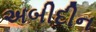
અબીદીન